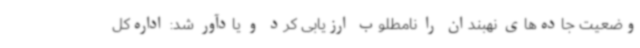
وضعیت جاده‌های نهبندان را نامطلوب ارزیابی کرد و یادآور شد: اداره‌کل